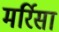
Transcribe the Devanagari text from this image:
मर्रिसा